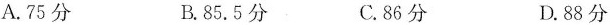
A. 75分 B. 85.5分 C. 86分 D. 88分